Report of the Indian Hemp Drugs Commission, 1894-1895 - Volume VI
Year: 1894
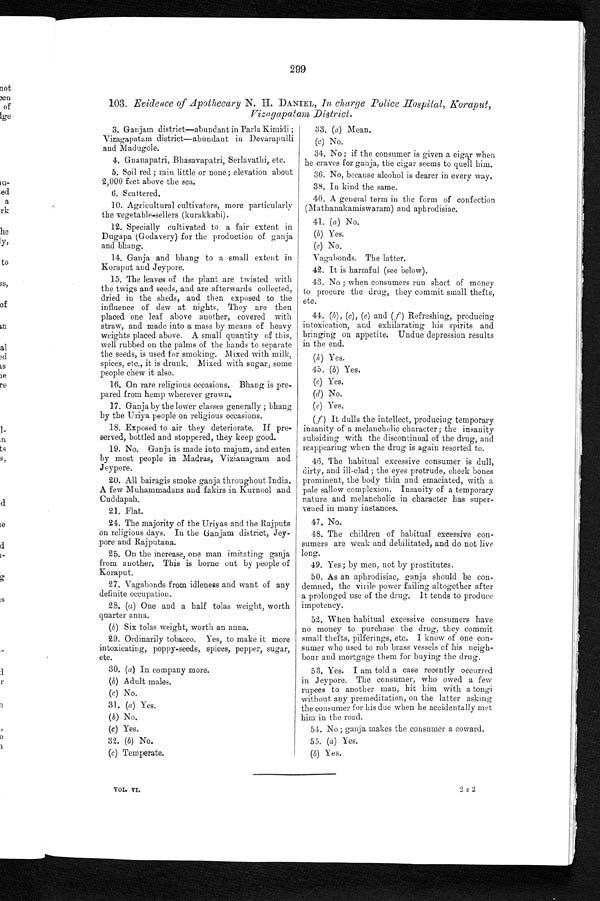
299
103. Evidence of Apothecary N. H. DANIEL, In charge Police Hospital, Koraput,
Vizagapatam District.
3. Ganjam district–abundant in Parla Kimidi ;
<br/>Vizagapatam district–abundant in Devarapulli
< b r / > a n d M a d u g o l e .
4. Gnanapatri, Bhasavapatri, Serlavathi, etc.
5. Soil red ; rain little or none; elevation about
<br/>2,000 feet above the sea.
6. Scattered.
10. Agricultural cultivators, more particularly
<br/>the vegetable-sellers (kurakkabi).
12. Specially cultivators to a fair exten
t in<br/>Dugapa (Godavery) for the production of ganja
<br/>and bhang.
14. Ganja and bhang to a small extent i
n<br/>Koraput and Jeypore.
15. The leaves of the plant are twisted with
< b r / > t h e t w i g s a n d s e e d s , a n d a r e a f t e r w a r d s c o l l e c t e d , < b r / >
dried in the sheds, and then exposed to the
<br/>influence of dew at nights. They are then
<br/>placed one leaf above another, covered with
<br/>straw, and made into a mass by means of heavy
<br/>weights placed above. A small quantity of this,
<br/>well rubbed on the palms of the hands to separate
<br/>the seeds, is used for smoking. Mixed with milk
,<br/>spices, etc., it is drunk. Mixed with sugar, some
< b r / > p e o p l e c h e w i t a l s o .
16. On rare religious occasions, Bhang is pre-
<br/>pared from hemp wherever grown.
17. Ganja by the lower classes generally ; bhang
<br/>by the Uriya people on religious occasions.
18. Exposed to air they deteriorate. If pre-
<br/>served, bottled and stoppered, they keep good.
19. No. Ganja is made into majum, and eaten
<br/>by most people in Madras, Viziauagram and
< b r / >
J e y p o r e .
20. All bairagis smoke ganja throughout India.
<br/>A few Muhammadans and fakirs in Kurnool and
< b r / > C u d d a p a h .
21. Flat.
24. The majority of the Uriyas and the Rajputs
<br/>on religions days. In the Ganjam district, Jey-<br/>-
pore and Rajputana.
25. On the increase, one man imitating ganja
<br/>from another. This is borne out by people of
< b r / > K o r a p u t .
27. Vagabonds from idleness and want of any
<br/>definite occupation.
28. (a) One and a half tolas weight, worth
<br/>quarter anna.
(b) Six tolas weight, worth an anna.
29. Ordinarily tobacco. Yes, to make it more
<br/>intoxicating, poppy-seeds, spices, pepper, sugar,
< b r / > e t c .
30. (a) In company more.
(b) Adult males.
(c) No.
31. (a) Yes.
(b) No.
(c) Yes.
32. (b) No.
(c) Temperate.
33. (a) Mean.
(c) No.
34. No ; if the consumer is given a cigar when
<br/>he craves for ganja, the cigar seems to quell him.
36. No, because alcohol is dearer in every way.
38. In kind the same.
40. A general term in the form of confection
<br/>(Mathanakamiswaram) and aphrodisiac.
41. (a) No.
(b) Yes.
(c) No.
Vagabonds. The latter.
42. It is harmful (see below).
43. No ; when consumers run short of money
<br/>to procure the drug, they commit small thefts,
< b r / > e t c .
44. (b), (c), (e) and (f) Refreshing, producing
<br/>intoxication, and exhilarating his spirits and
<br/>bringing on appetite. Undue depression results
< b r / > i n t h e e n d .
(h) Yes.
45. (b) Yes.
(c) Yes.
(d) No.
(e) Yes.
(f) It dulls the intellect, producing temporary
<br/>insanity of a melancholic character; the insanity
<br/>subsiding with the discontinual of the drug, and
< b r / > r e a p p e a r i n g w h e n t h e d r u g i s a g a i n r e s o r t e d t o .
46. The habitual excessive consumer is dull,
<br/>dirty, and ill-clad; the eyes protrude, cheek bones
<br/>prominent, the body thin and emaciated, with a
<br/>pale sallow complexion. Insanity of a temporary
<br/>nature and melancholic in character has super-<br/>-
vened in many instances.
47. No.
48. The children of habitual excessive con-
<br/>sumers are weak and debilitated, and do not live
< b r / > l o n g .
49. Yes; by men, not by prostitutes.
50. As an aphrodisiac, ganja should be con-
<br/>demned, the virile power failing altogether after
<br/>a prolonged use of the drug. It tends to produce
< b r / > i m p o t e n c y .
52. When habitual excessive consumers have
<br/>no money to purchase the drug, they commit
<br/>small thefts, pilferings, etc. I know of one con-
<br/>sumer who used to rob brass vessels of his neigh-<br/>-
bour and mortgage them for buying the drug.
53. Yes. I am told a case recently occurred
<br/>in Jeypore. The consumer, who owed a few
<br/>rupees to another man, hit him with a tongi
<br/>without any premeditation, on the latter asking
<br/>the consumer for his due when he accidentally met
< b r / > h i m i n t h e r o a d .
54. No ; ganja makes the consumer a coward.
55. (a) Yes.
(b) Yes.
VOL. VI.
2s2